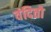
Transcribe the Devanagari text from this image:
वंदितो